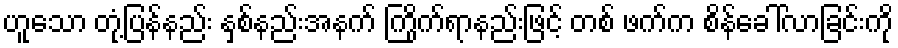
ဟူသော တုံ့ပြန်နည်း နှစ်နည်းအနက် ကြိုက်ရာနည်းဖြင့် တစ် ဖက်က စိန်ခေါ်လာခြင်းကို